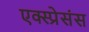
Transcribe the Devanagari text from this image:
एक्स्प्रेसंस